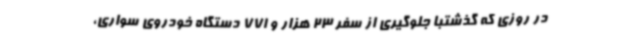
در روزی که گذشتبا جلوگیری از سفر 23 هزار و 771 دستگاه خودروی سواری،